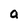
Character: a